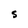
Character: S